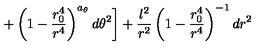
\left. + \left( 1 - \frac { r _ { 0 } ^ { 4 } } { r ^ { 4 } } \right) ^ { a _ { \theta } } d \theta ^ { 2 } \right] + \frac { l ^ { 2 } } { r ^ { 2 } } \left( 1 - \frac { r _ { 0 } ^ { 4 } } { r ^ { 4 } } \right) ^ { - 1 } d r ^ { 2 }